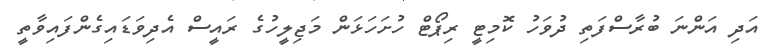
އަދި އަންނަ ބުރާސްފަތި ދުވަހު ކޮމިޓީ ރިޕޯޓް ހުށަހަޅަން މަޖިލީހުގެ ރައީސް އެދިވަޑައިގެންފައިވާތީ